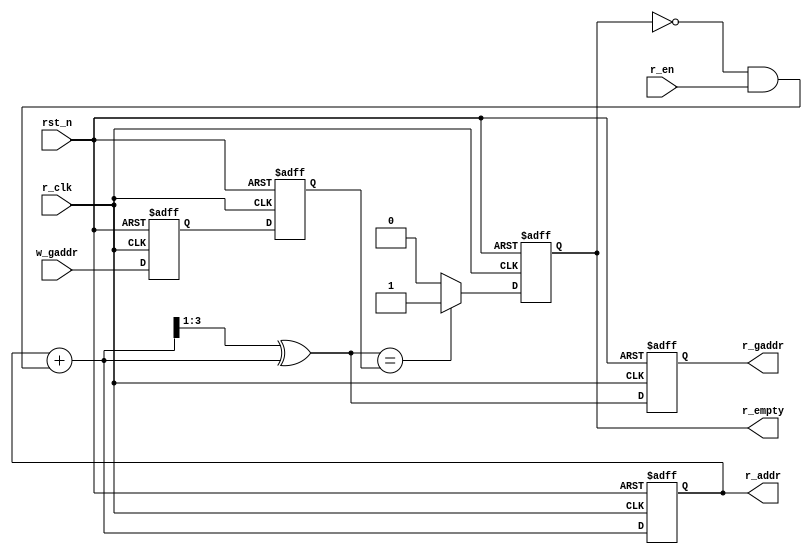
module r_ctrl(
    input   wire        r_clk,//
    input   wire        rst_n,
    input   wire        r_en,//
    input   wire  [3:0] w_gaddr,//
    output  reg         r_empty,//
    output  wire  [3:0] r_addr,//
    output  wire  [3:0] r_gaddr//
);

reg    [3:0]    addr;
reg    [3:0]    gaddr;
wire   [3:0]    addr_wire;
wire   [3:0]    gaddr_wire;
reg    [3:0]    w_gaddr_d1,w_gaddr_d2;
//
always @(posedge r_clk or negedge rst_n)
    if(rst_n == 1'b0)
        {w_gaddr_d2,w_gaddr_d1} <= 8'b0;
    else
        {w_gaddr_d2,w_gaddr_d1} <= {w_gaddr_d1,w_gaddr};

//
assign r_addr = addr;
always @(posedge r_clk or negedge rst_n)
    if(rst_n == 1'b0)
        addr <= 4'd0;
    else
        addr <= addr_wire;

assign addr_wire = addr + ((~r_empty)&r_en);
//
assign r_gaddr = gaddr;
assign gaddr_wire = (addr_wire>>1)^addr_wire;

always @(posedge r_clk or negedge rst_n)
    if(rst_n == 1'b0)
        gaddr <= 4'd0;
    else 
        gaddr <= gaddr_wire;

//

always @(posedge r_clk or negedge rst_n)
    if(rst_n == 1'b0)
        r_empty <= 1'b0;
    else if (gaddr_wire == w_gaddr_d2)  //
    // else if (gaddr_wire == w_gaddr) //w_gaddr
        r_empty <= 1'b1;
    else
        r_empty <= 1'b0;
endmodule